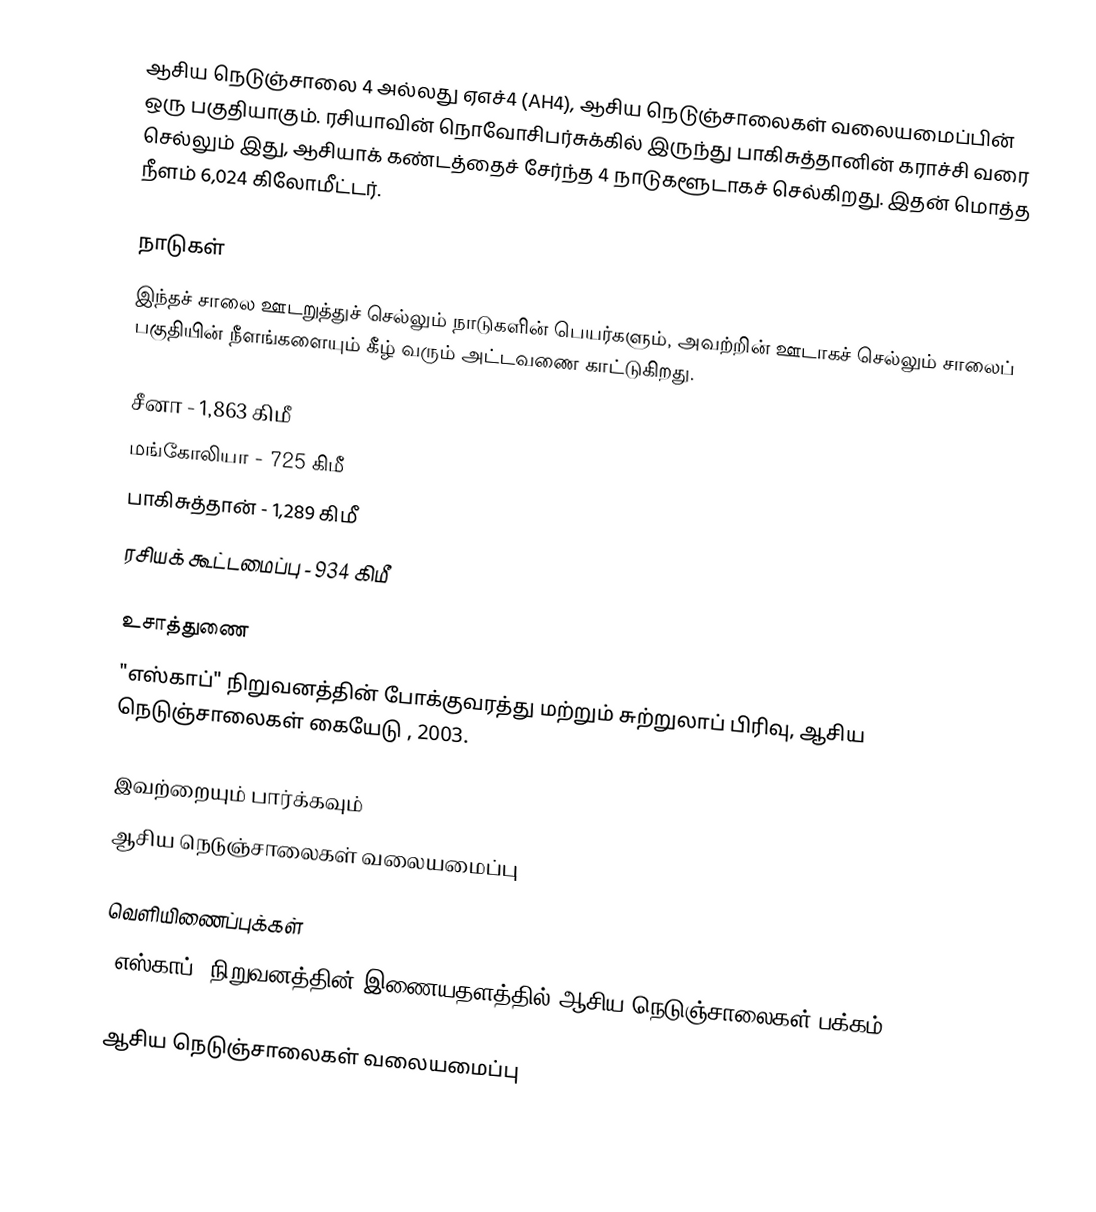
ஆசிய நெடுஞ்சாலை 4 அல்லது ஏஎச்4 (AH4), ஆசிய நெடுஞ்சாலைகள் வலையமைப்பின் ஒரு பகுதியாகும். ரசியாவின் நொவோசிபர்சுக்கில் இருந்து பாகிசுத்தானின் கராச்சி வரை  செல்லும் இது, ஆசியாக் கண்டத்தைச் சேர்ந்த 4 நாடுகளூடாகச் செல்கிறது. இதன் மொத்த நீளம் 6,024 கிலோமீட்டர்.

நாடுகள்
இந்தச் சாலை ஊடறுத்துச் செல்லும் நாடுகளின் பெயர்களும், அவற்றின் ஊடாகச் செல்லும் சாலைப் பகுதியின் நீளங்களையும் கீழ் வரும் அட்டவணை காட்டுகிறது.

 சீனா - 1,863 கிமீ
 மங்கோலியா - 725 கிமீ
 பாகிசுத்தான் - 1,289 கிமீ
 ரசியக் கூட்டமைப்பு - 934 கிமீ

உசாத்துணை
 "எஸ்காப்" நிறுவனத்தின் போக்குவரத்து மற்றும் சுற்றுலாப் பிரிவு, ஆசிய நெடுஞ்சாலைகள் கையேடு , 2003.

இவற்றையும் பார்க்கவும்
 ஆசிய நெடுஞ்சாலைகள் வலையமைப்பு

வெளியிணைப்புக்கள்
 "எஸ்காப்" நிறுவனத்தின் இணையதளத்தில் ஆசிய நெடுஞ்சாலைகள் பக்கம்

 ஆசிய நெடுஞ்சாலைகள் வலையமைப்பு